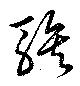
騃